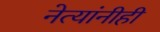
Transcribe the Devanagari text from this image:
नेत्यांनीही